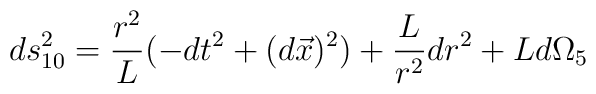
ds^{2}_{10}= \frac{r^{2}}{L} (-dt^{2}+(d\vec{x})^{2})+      \frac{L}{r^{2}} dr^{2}+  L d\Omega_{5}